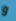
و